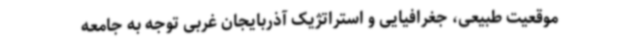
موقعیت طبیعی، جغرافیایی و استراتژیک آذربایجان غربی توجه به جامعه